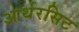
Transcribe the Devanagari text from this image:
आर्थरसिट